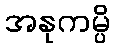
အနုကမ္ပိ